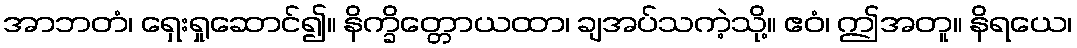
အာဘတံ၊ ရှေးရှုဆောင်၍။ နိက္ခိတ္တောယထာ၊ ချအပ်သကဲ့သို့။ ဧဝံ၊ ဤအတူ။ နိရယေ၊